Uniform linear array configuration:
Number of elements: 16
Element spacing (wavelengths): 0.75
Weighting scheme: binomial
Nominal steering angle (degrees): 30
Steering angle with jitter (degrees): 31.602
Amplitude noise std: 0.05
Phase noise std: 0.05

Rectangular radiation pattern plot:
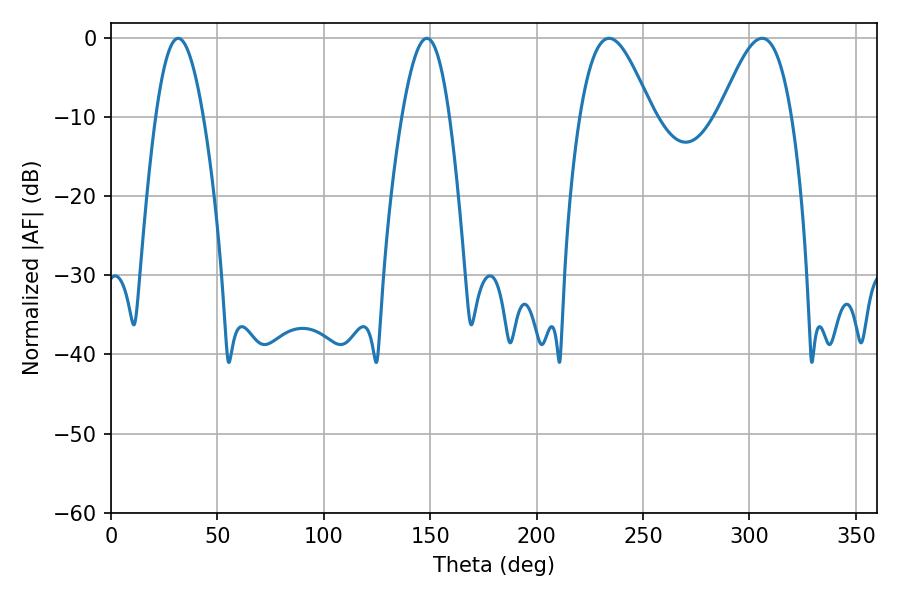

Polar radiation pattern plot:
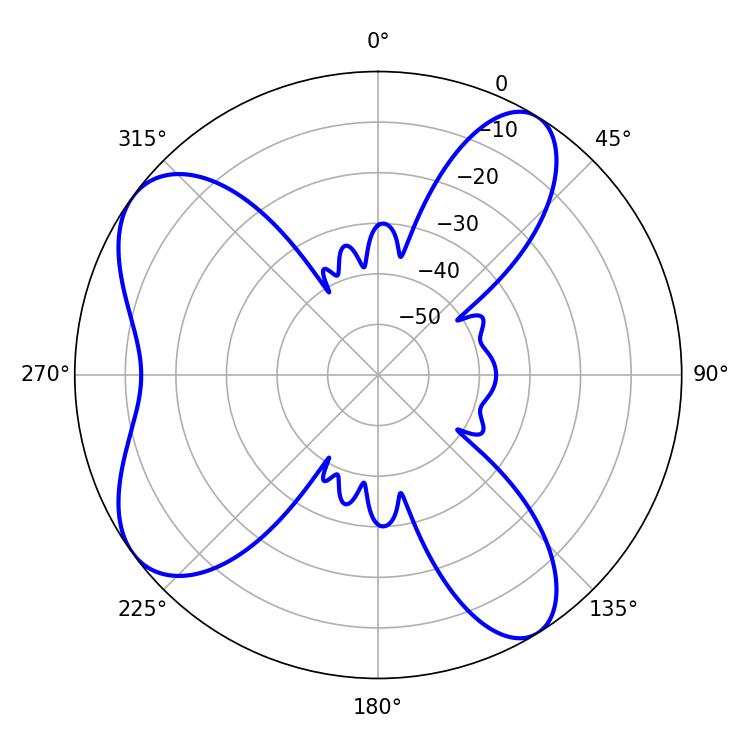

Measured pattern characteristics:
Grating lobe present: TRUE
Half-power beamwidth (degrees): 18.18
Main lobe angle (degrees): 234